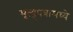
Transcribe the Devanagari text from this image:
मृ्त्युपत्रामध्ये